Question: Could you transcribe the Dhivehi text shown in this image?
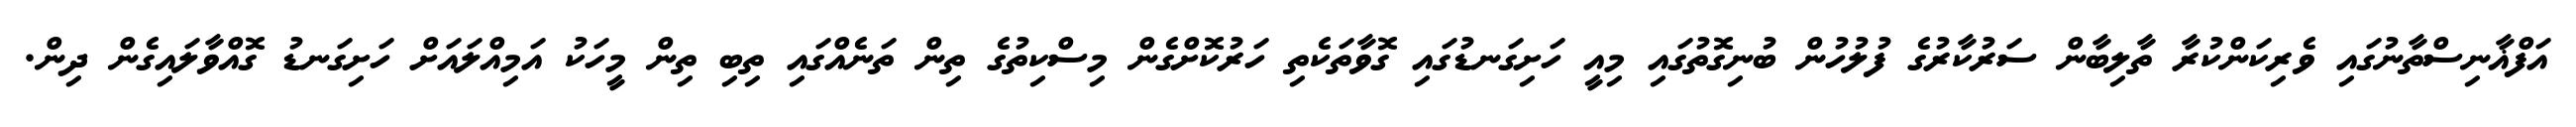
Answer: އަފްޣާނިސްތާނުގައި ވެރިކަންކުރާ ތާލިބާން ސަރުކާރުގެ ފުލުހުން ބުނިގޮތުގައި މިއީ ހަށިގަނޑުގައި ގޮވާތަކެތި ހަރުކޮށްގެން މިސްކިތުގެ ތިން ތަނެއްގައި ތިބި ތިން މީހަކު އަމިއްލައަށް ހަށިގަނޑު ގޮއްވާލައިގެން ދިން.